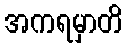
အကရမှာတိ